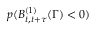
p ( B _ { t , t + \tau } ^ { ( 1 ) } ( \Gamma ) < 0 )